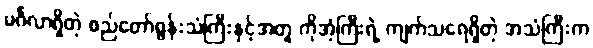
မင်္ဂလာရှိတဲ့ စည်တော်ရွန်းသံကြီးနှင့်အတူ ကိုအံ့ကြီးရဲ့ ကျက်သရေရှိတဲ့ အသံကြီးက